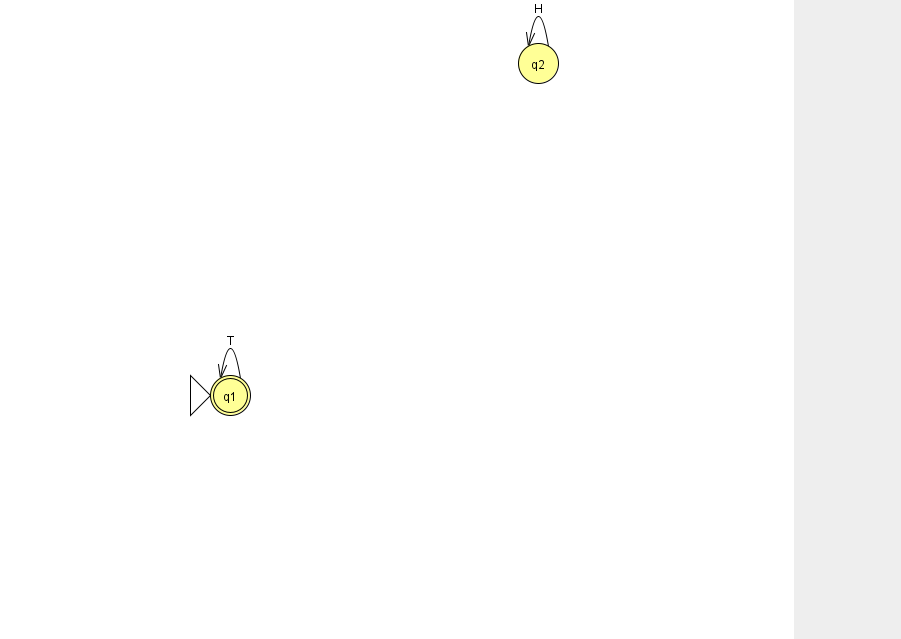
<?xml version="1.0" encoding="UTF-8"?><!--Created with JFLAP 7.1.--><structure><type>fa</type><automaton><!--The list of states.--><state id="1" name="q1"><x>230.0</x><y>382.0</y><initial/><final/></state><state id="2" name="q2"><x>538.0</x><y>50.0</y></state><!--The list of transitions.--><transition><from>1</from><to>1</to><read>T</read></transition><transition><from>2</from><to>2</to><read>H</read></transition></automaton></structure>